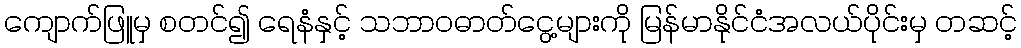
ကျောက်ဖြူမှ စတင်၍ ရေနံနှင့် သဘာဝဓာတ်ငွေ့များကို မြန်မာနိုင်ငံအလယ်ပိုင်းမှ တဆင့်